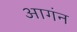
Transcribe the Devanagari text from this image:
आगंन